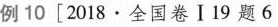
例10[2018·全国卷Ⅰ19题6